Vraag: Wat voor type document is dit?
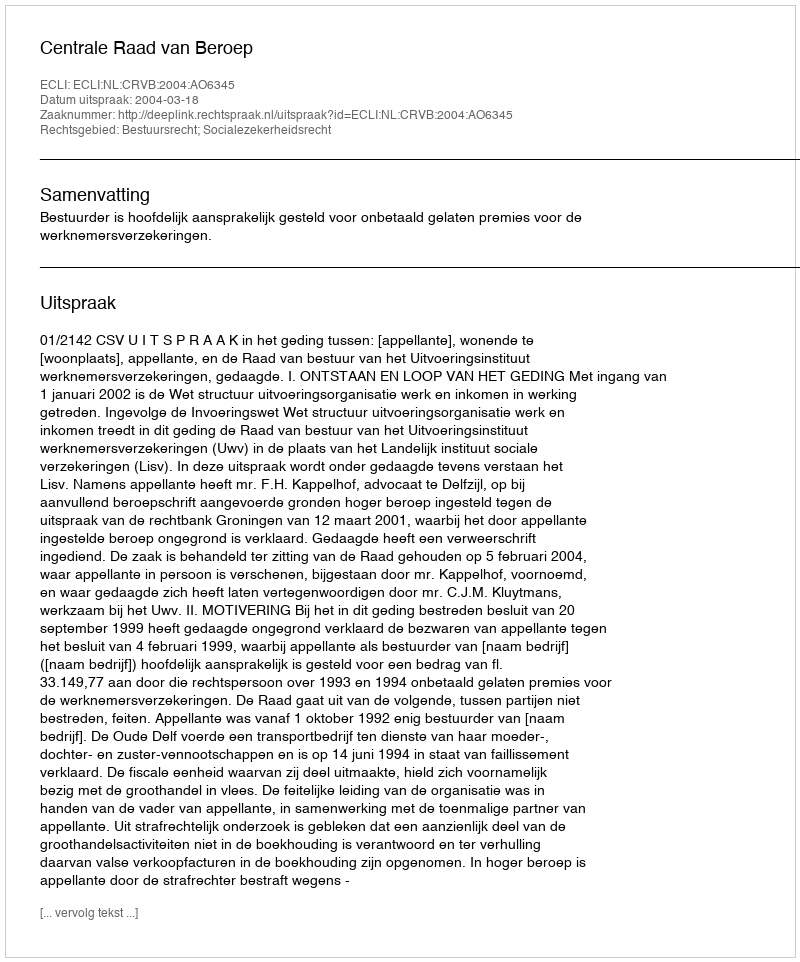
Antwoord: Uitspraak